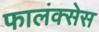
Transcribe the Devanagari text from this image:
फालंक्सेस